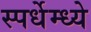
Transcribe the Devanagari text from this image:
स्पर्धेम्ध्ये